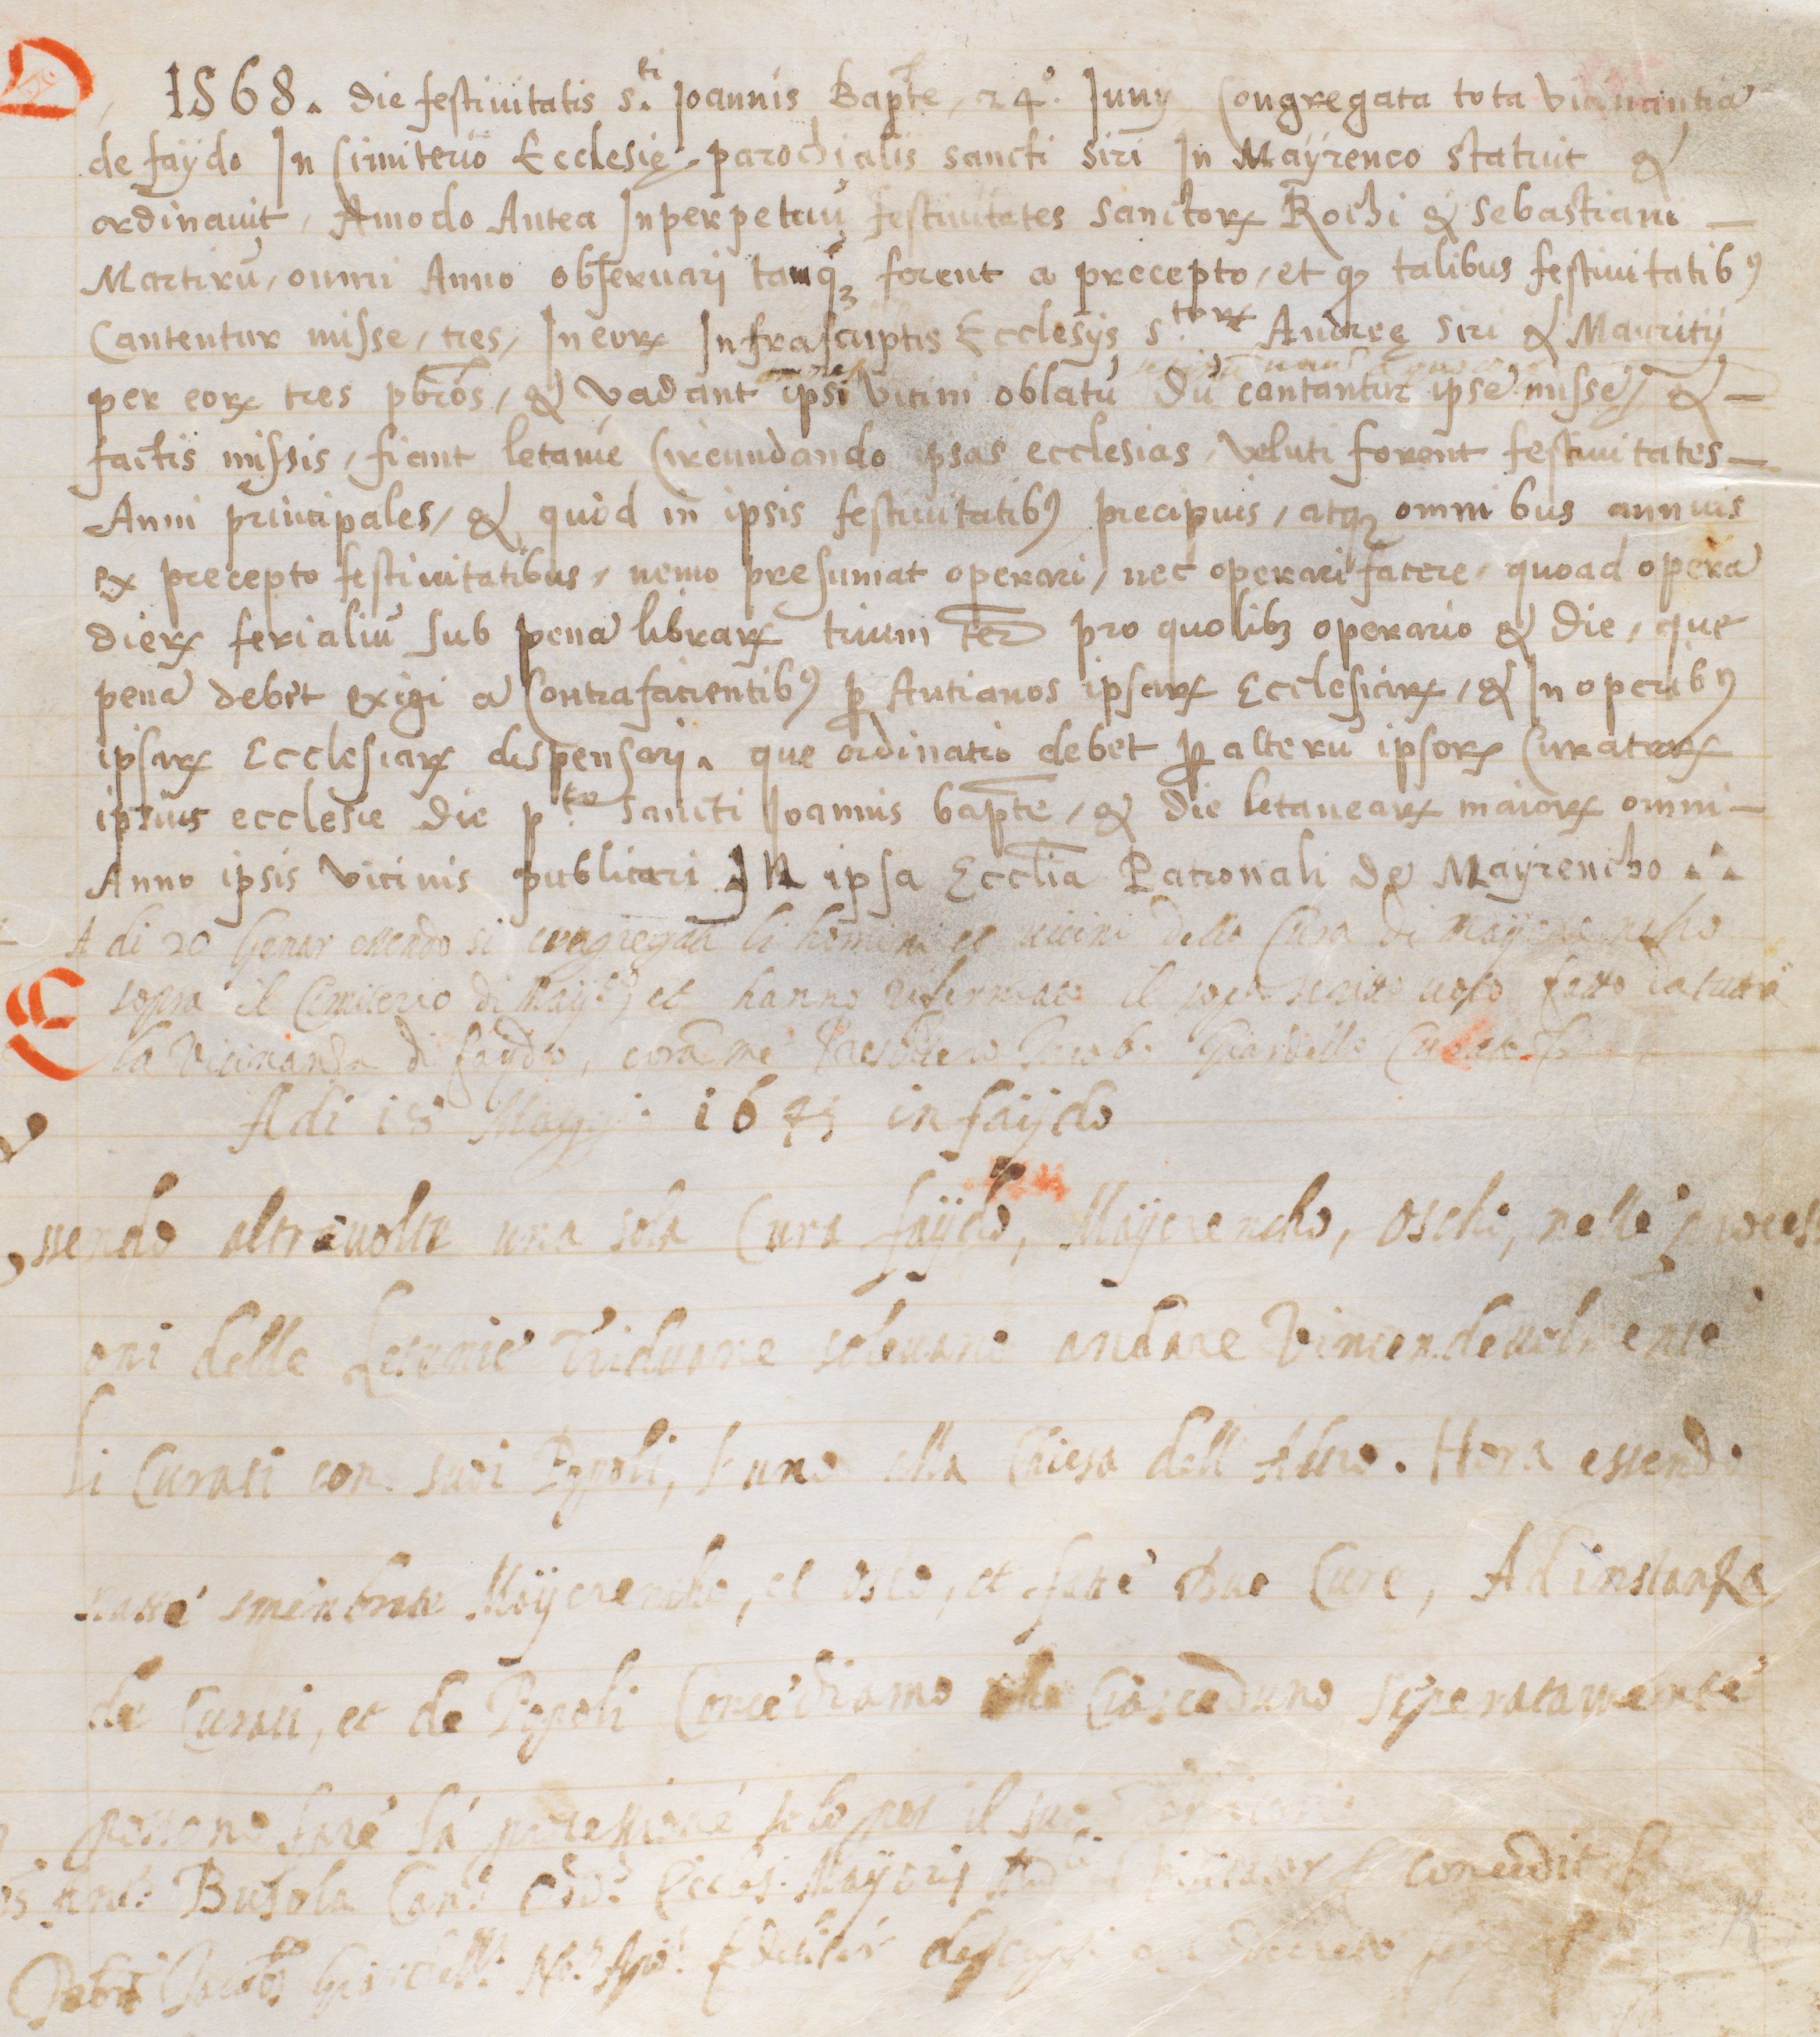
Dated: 1563–1563